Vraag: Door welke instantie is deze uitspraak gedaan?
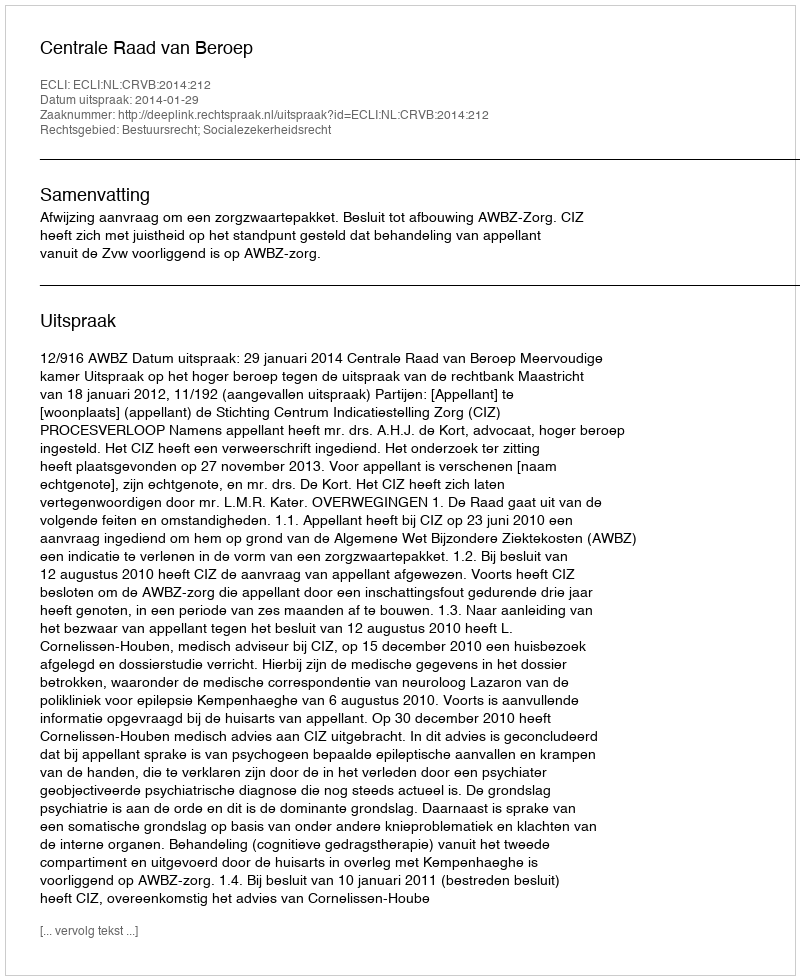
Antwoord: Centrale Raad van Beroep